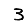
Digit: 3